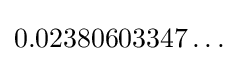
0.02380603347\ldots